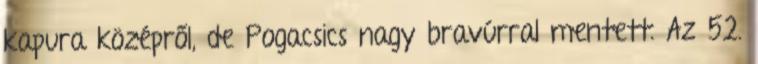
kapura középről, de Pogacsics nagy bravúrral mentett. Az 52.